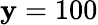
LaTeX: \mathbf{y}=100